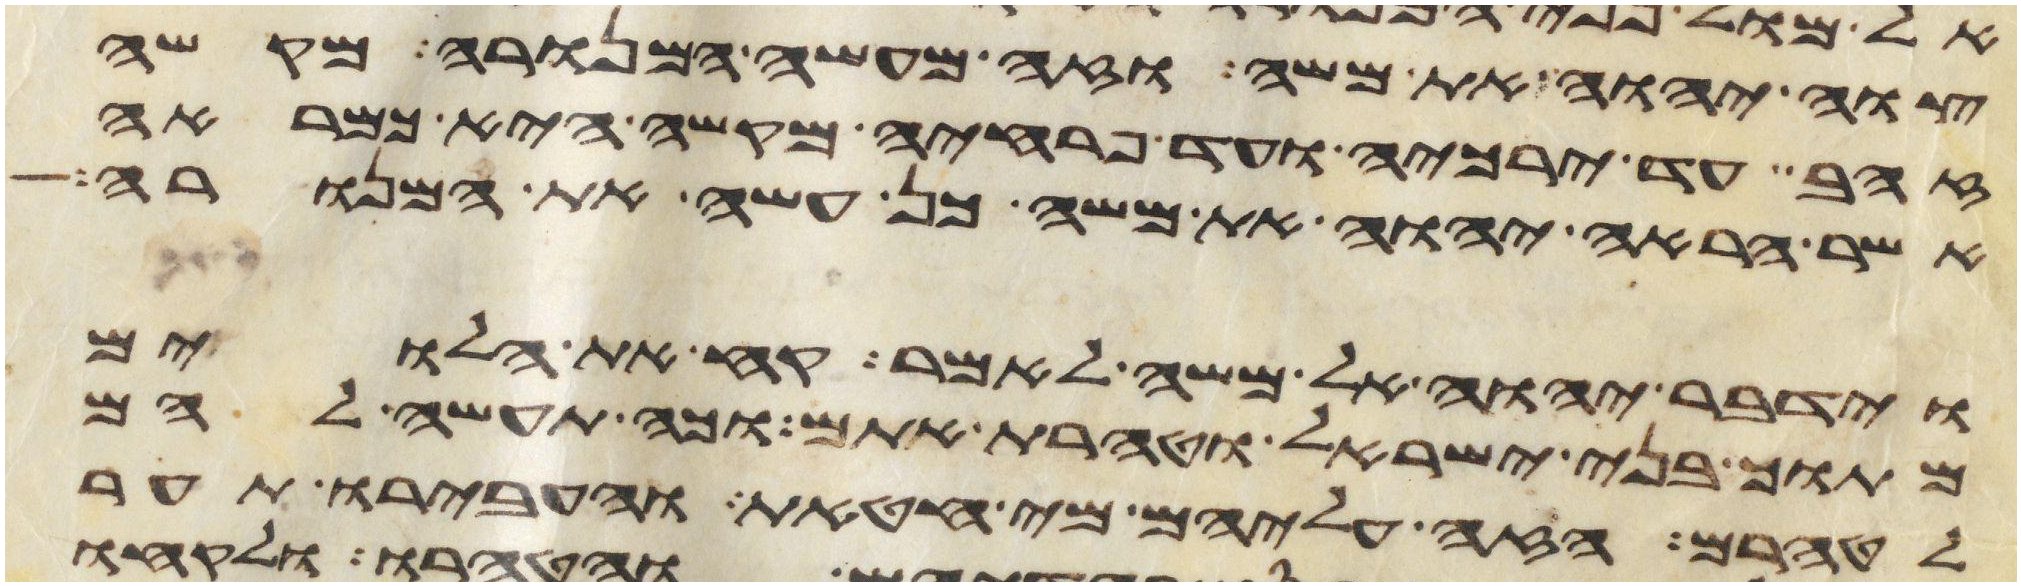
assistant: צוה יהוה את משה וזה מעשה המנורה מקשה
זהב עד ירכיה ועד פרחיה מקשה היא כמראה
אשר הראה יהוה את משה כן עשה את המנורה
וידבר יהוה אל משה לאמר קח את הלוים
מתוך בני ישראל וטהרת אתם וכה תעשה להם
לטהרם הזי עליהם מי חטאת והעבירו תער